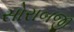
સોરાબજી